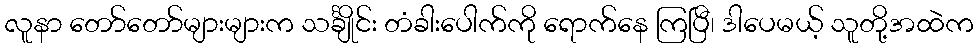
လူနာ တော်တော်များများက သင်္ချိုင်း တံခါးပေါက်ကို ရောက်နေ ကြပြီ၊ ဒါပေမယ့် သူတို့အထဲက